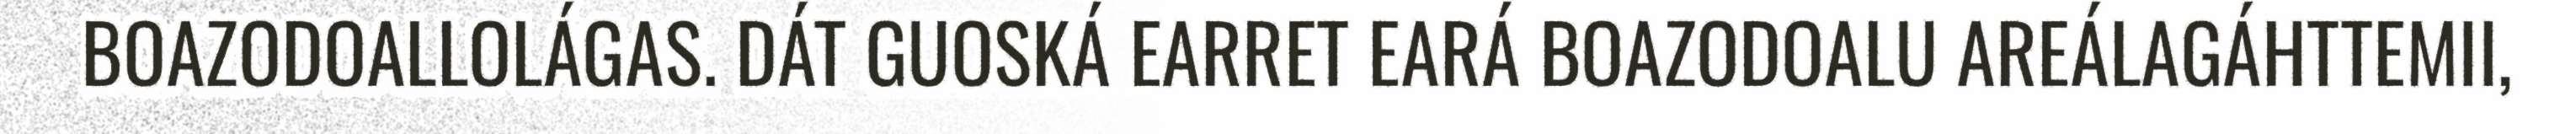
BOAZODOALLOLÁGAS. DÁT GUOSKÁ EARRET EARÁ BOAZODOALU AREÁLAGÁHTTEMII,